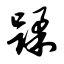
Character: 蹂